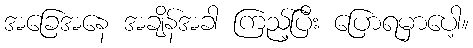
အခြေအနေ အချိန်အခါ ကြည့်ပြီး ပြောရမှာပေါ့။